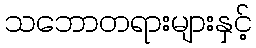
သဘောတရားများနှင့်